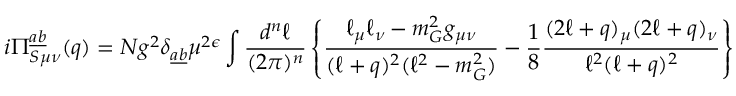
i \Pi _ { S \mu \nu } ^ { \underline { { { a } } } \underline { { { b } } } } ( q ) = N g ^ { 2 } \delta _ { \underline { { { a } } } \underline { { { b } } } } \mu ^ { 2 \epsilon } \int \frac { d ^ { n } \ell } { ( 2 \pi ) ^ { n } } \left\{ \frac { \ell _ { \mu } \ell _ { \nu } - m _ { G } ^ { 2 } g _ { \mu \nu } } { ( \ell + q ) ^ { 2 } ( \ell ^ { 2 } - m _ { G } ^ { 2 } ) } - \frac { 1 } { 8 } \frac { ( 2 \ell + q ) _ { \mu } ( 2 \ell + q ) _ { \nu } } { \ell ^ { 2 } ( \ell + q ) ^ { 2 } } \right\}